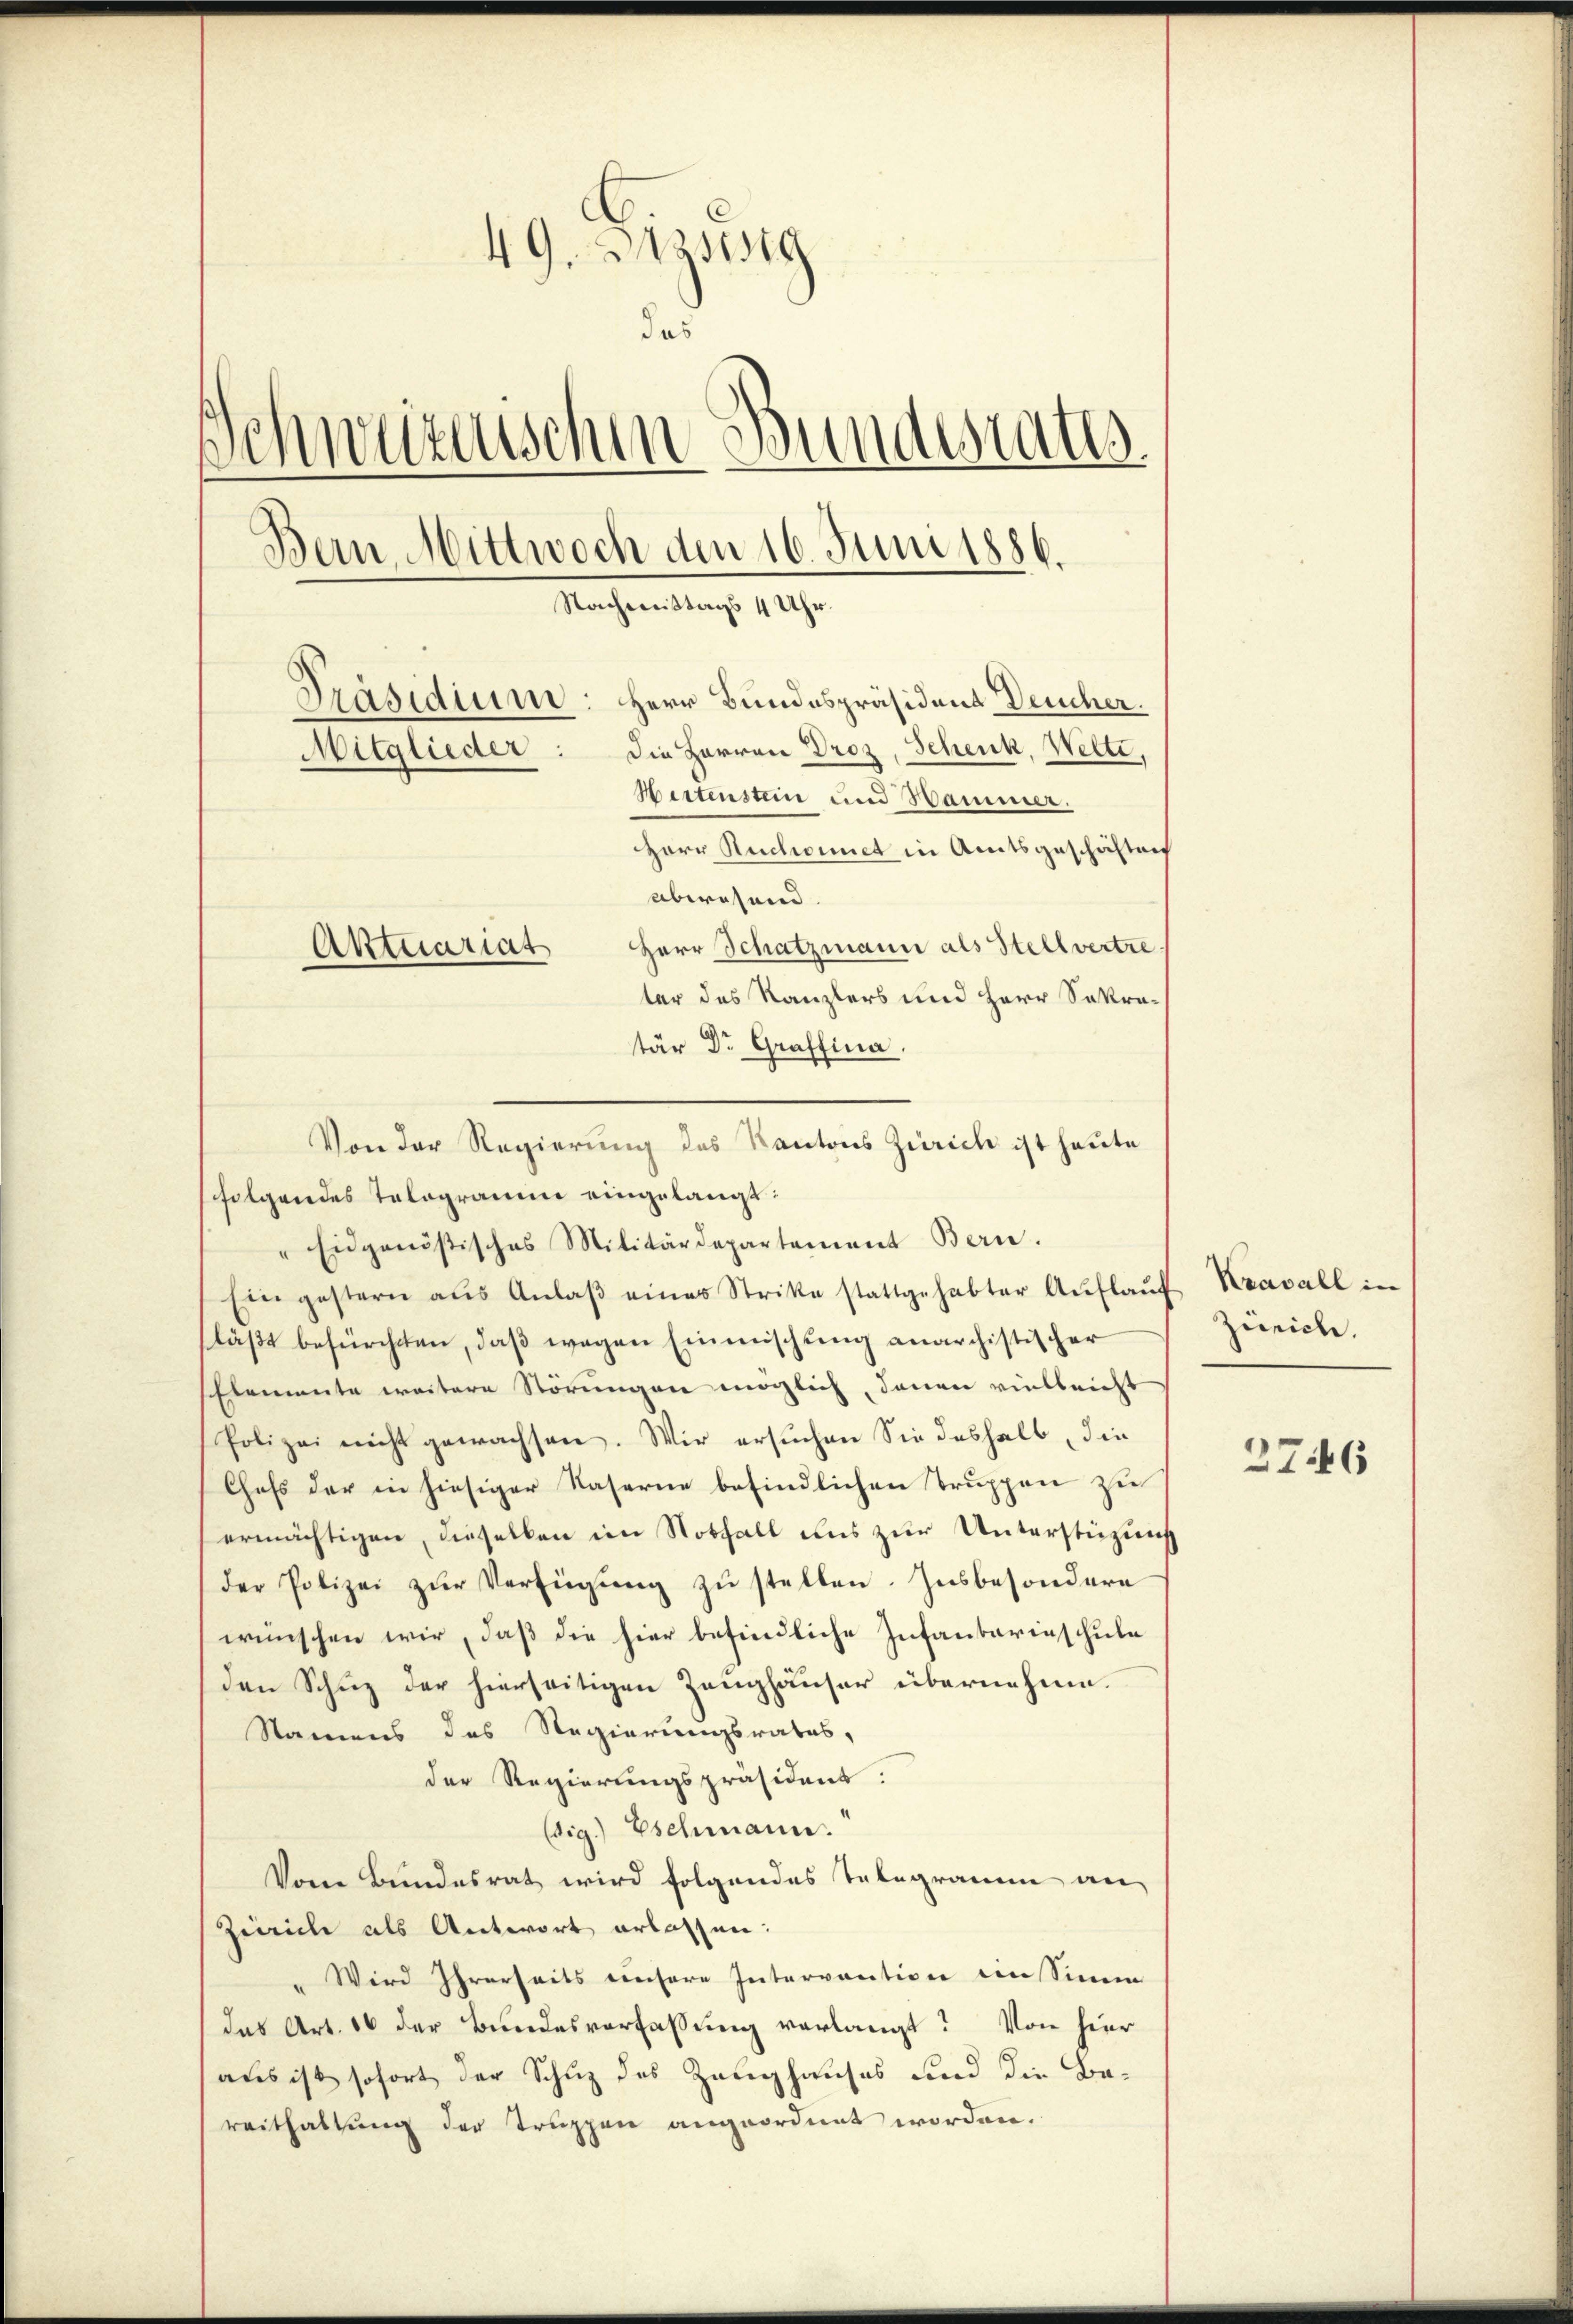
49. Dass
das
.
schwerenischen Bundestatt.
Bern Mittwoch den 16. Juni 1886.
Nachmittags 4 Uhr.
Präsidium: Herr Bundespräsident Deucher.
Mitglieder: die Herren Droz, Schenk, Welte,
Hertenstein und Hammer.
Herr Ruchoiiet in Amtsgeschäften
abwesend.
Herr Schatzmann als Stellvertre
Aktuariat
ter des Kanzlers und Herr Sekretär Dr. Graffina

Von der Regierung des Kantons Zürich ist heute
folgendes Telegramm eingelangt:
" Eidgenößisches Militärdepartement Bern.
Ein gestern aŭs Anlaβ eines Stritte stattgehabter Aŭflaŭf Kavall in
läßt befürchten, daß wegen Einmischung anarchistischer
Elemente weitere Störungen möglich, denen vielleicht
Polizei nicht gewachsen. Wir ersuchen Sie deshalb, die
Chefs der in hiesiger Kaserne befindlichen Truppen zu
ermächtigen, dieselben im Nothalt uns zur Unterstüzung
der Polizei zŭr Verfügung zu stellen. Insbesondere
wünschen wir, daß die hier befindliche Infantarinschule
den Schuz der hierseitigen Zeughäuser übernehme.
Namens des Regierungsrates,
der Regierungspräsidens:
(sig.) Eschmann.
Vom Bundesrat wird folgendes Telegramm an
Zürich als Antwort erlassen:
Wird Ihrerseits unsere Intervention ein Sinne
das Art. 16 der Bundesverfassung verlangt? Von hier
aus ist sofort der Schuz des Zeughauses und die Bereithaltung der Truppen angeordnet worden.

Zürich.

27.46